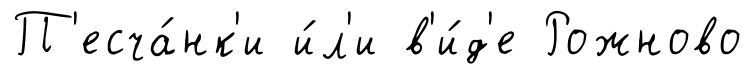
П'есча́нк'и и́л'и в'и́д'е Рожново